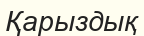
Қарыздық